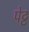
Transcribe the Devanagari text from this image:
पेट्ट